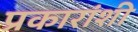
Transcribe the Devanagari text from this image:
प्रकारांशी